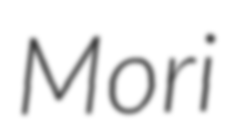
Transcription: Mori